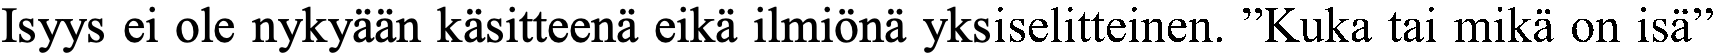
Isyys ei ole nykyään käsitteenä eikä ilmiönä yksiselitteinen. ”Kuka tai mikä on isä”